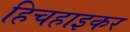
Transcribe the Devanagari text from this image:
हिचहाइकर